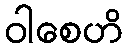
ဝါစေဟိ